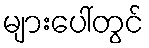
များပေါ်တွင်